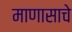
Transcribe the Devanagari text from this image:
माणासाचे